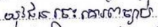
យុវជនចេះគោរពច្បាប់